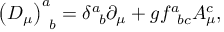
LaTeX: \left( D _ { \mu } \right) _ { \; \; b } ^ { a } = \delta _ { \; \; b } ^ { a } \partial _ { \mu } + g f _ { \; \; b c } ^ { a } A _ { \mu } ^ { c } ,